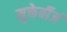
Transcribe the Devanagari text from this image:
मुक्तेर्बीजं